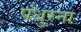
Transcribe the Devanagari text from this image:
पंधुरना